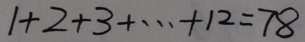
1 + 2 + 3 + \cdots + 1 2 = 7 8